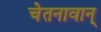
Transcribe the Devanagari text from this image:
चेतनावान्‌